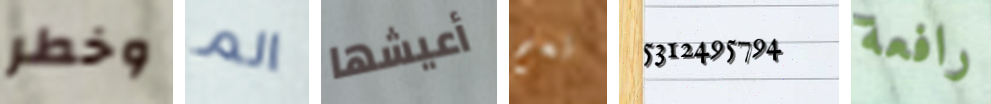
وخطر الم أعيشها نعم 5312495794 رافعة